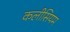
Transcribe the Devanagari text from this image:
कलीसियम